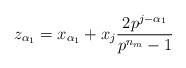
LaTeX: \begin{align*}z_{\alpha_1}=x_{\alpha_1}+x_{j}\frac{2p^{j-\alpha_1}}{p^{n_m}-1}\end{align*}